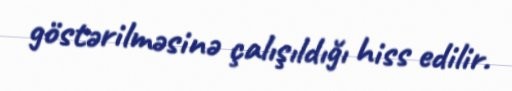
göstərilməsinə çalışıldığı hiss edilir.